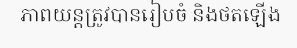
ភាពយន្តត្រូវបានរៀបចំ និងថតឡើង